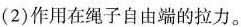
(2) 作用在绳子自由端的拉力。